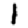
Digit: 1